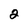
Character: 2